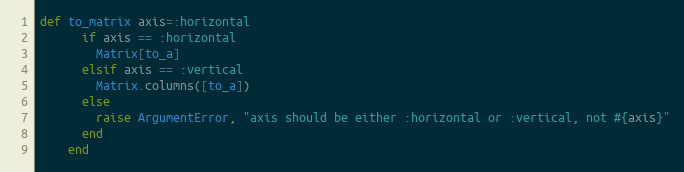
Language: Ruby
def to_matrix axis=:horizontal
      if axis == :horizontal
        Matrix[to_a]
      elsif axis == :vertical
        Matrix.columns([to_a])
      else
        raise ArgumentError, "axis should be either :horizontal or :vertical, not #{axis}"
      end
    end